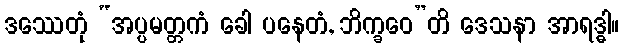
ဒဿေတုံ “အပ္ပမတ္တကံ ခေါ ပနေတံ, ဘိက္ခဝေ”တိ ဒေသနာ အာရဒ္ဓါ။